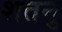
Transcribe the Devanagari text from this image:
शतनु